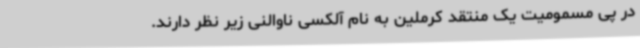
در پی مسمومیت یک منتقد کرملین به نام آلکسی ناوالنی زیر نظر دارند.